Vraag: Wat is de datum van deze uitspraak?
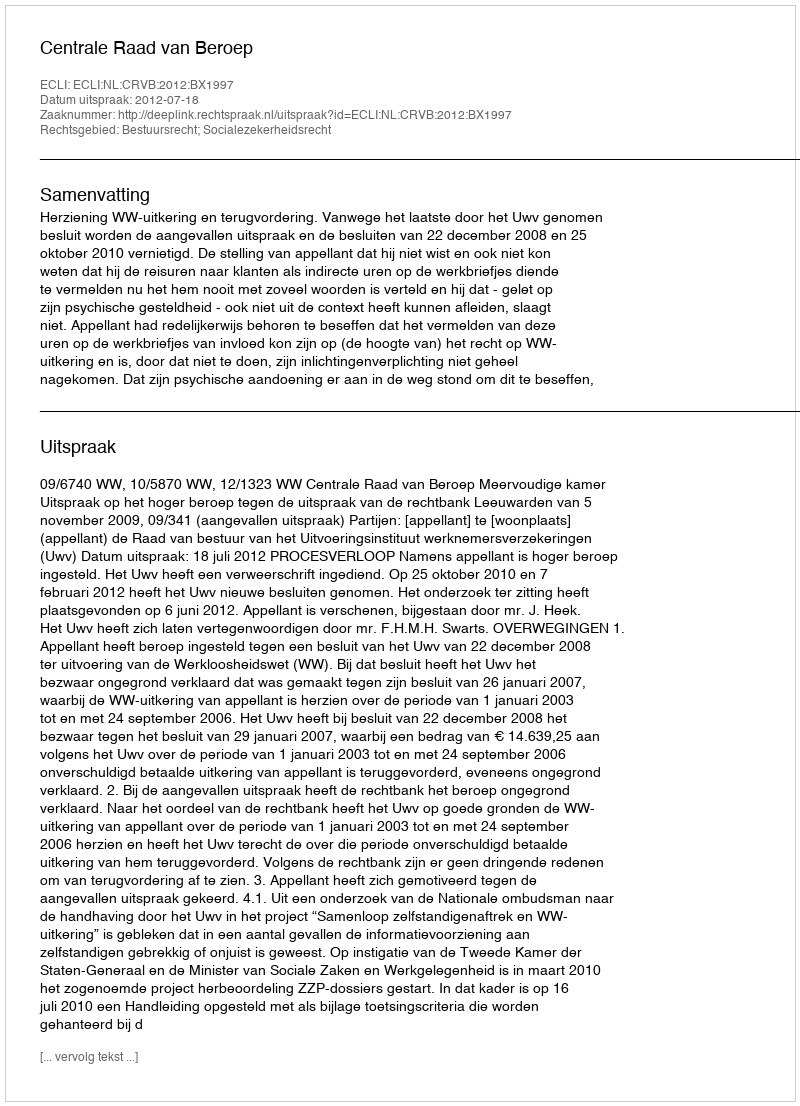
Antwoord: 2012-07-18